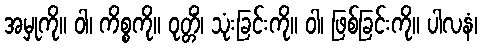
အမှုကို။ ဝါ၊ ကိစ္စကို။ ဝုတ္တိံ၊ သုံးခြင်းကို။ ဝါ၊ ဖြစ်ခြင်းကို။ ပါလနံ၊